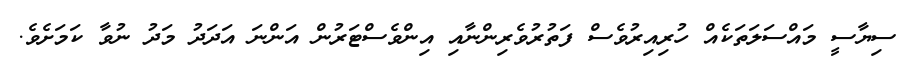
ސިޔާސީ މައްސަލަތަކެއް ހުރިއިރުވެސް ފަތުރުވެރިންނާއި އިންވެސްޓަރުން އަންނަ އަދަދު މަދު ނުވާ ކަމަށެވެ.